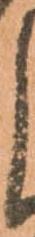
よ